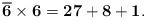
LaTeX: \begin{align*}\mathbf{\overline{6} \times 6 = 27 + 8 + 1.}\end{align*}